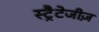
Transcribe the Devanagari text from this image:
स्ट्रैटेजीज़